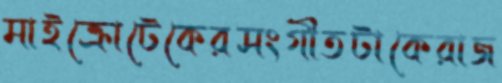
মাইক্রোটেকেরসংগীতটাকেরাজ